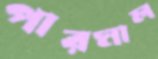
পারমাল